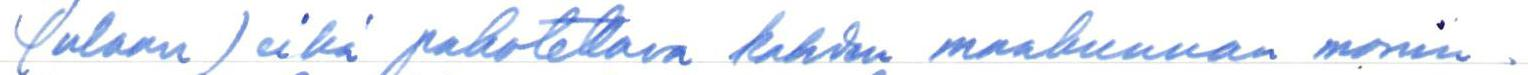
(ulaan) eikä pakotettava kahden maakunnan monin-